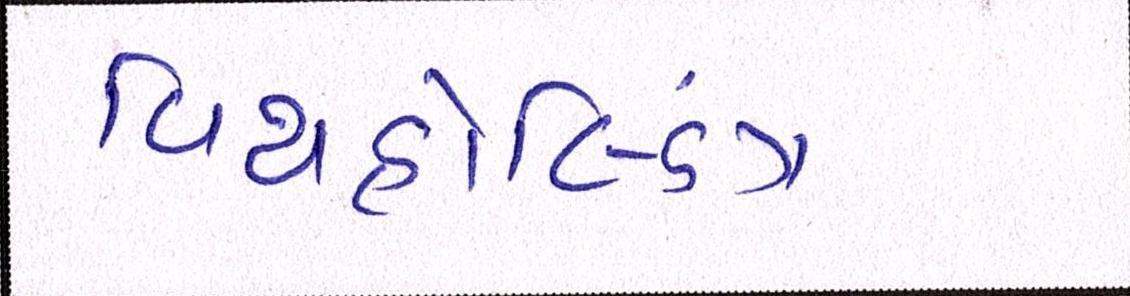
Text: વિથહોલ્ડિંગ